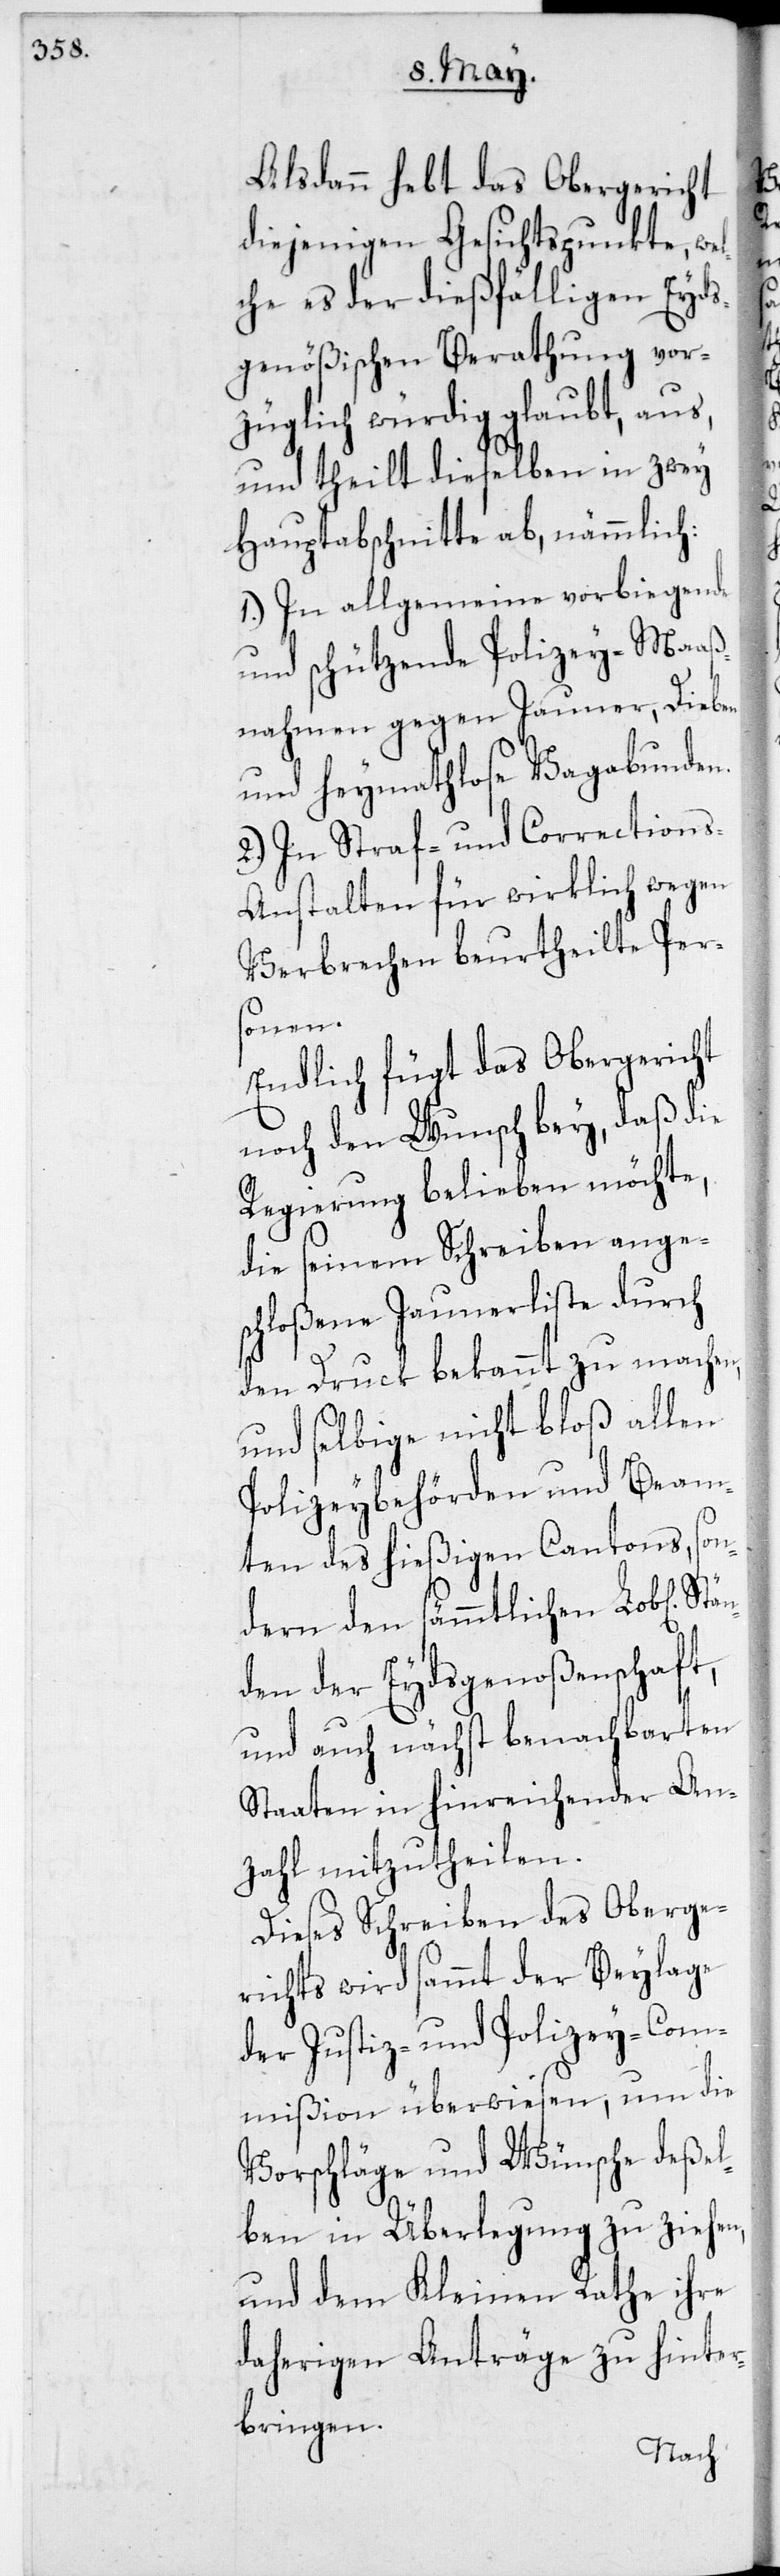
Alsdann hebt das Obergericht
diejenigen Gesichtspunkte, we¬
lche es der dießfälligen Eyds¬
genößischen Berathung vor¬
züglich würdig glaubt, aus,
und theilt dieselben in zwey
Hauptabschnitte ab, nämmlich:
1. In allgemeine vorbiegende
und schützende Polizey-Maaß¬
nahmen gegen Jauner, Dieben
und heymathlose Vagabunden.
2. In Straf- und Correction¬
s-Anstalten für wirklich wegen
Verbrechen beurtheilte Per¬
sonen.
Endlich fügt das Obergericht
noch den Wunsch bey, daß die
Regierung belieben möchte,
die seinem Schreiben ange¬
schloßene Jaunerliste durch
den Druck bekannt zu machen,
und selbige nicht bloß allen
Polizeybehörden und Beam¬
ten des hießigen Cantons, son¬
dern den sämmtlichen Lob[lich¬
den der Eydsgenoßenschaft
und auch nächst benachbarten
Staaten in hinreichender An¬
zahl mitzutheilen.
Dieses Schreiben des Oberge¬
richts wird sammt der Beylage
der Justiz- und Polizey-Com¬
mißion überwiesen, um die
Vorschläge und Wünsche deßel¬
ben in Überlegung zu ziehen,
und dem Kleinen Rathe ihre
daherigen Anträge zu hinter¬
bringen.

Stän¬